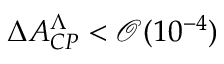
\Delta A _ { C P } ^ { \Lambda } < \mathcal { O } ( 1 0 ^ { - 4 } )